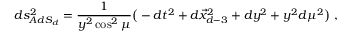
d s _ { A d S _ { d } } ^ { 2 } = { \frac { 1 } { y ^ { 2 } \cos ^ { 2 } \mu } } \big ( - d t ^ { 2 } + d \vec { x } _ { d - 3 } ^ { 2 } + d y ^ { 2 } + y ^ { 2 } d \mu ^ { 2 } \big ) \ ,